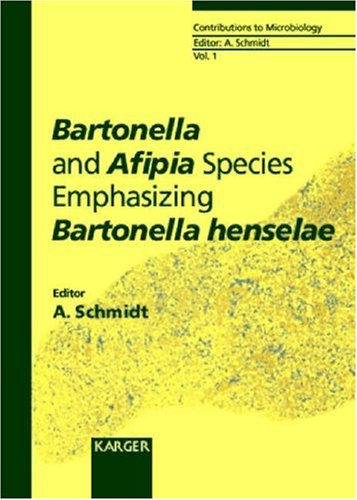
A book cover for Bartonella and Afipia Species Emphasizing Bartonella henselae (Contributions to Microbiology, Vol. 1); Medical Books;